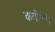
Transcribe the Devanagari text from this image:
कवीनेही